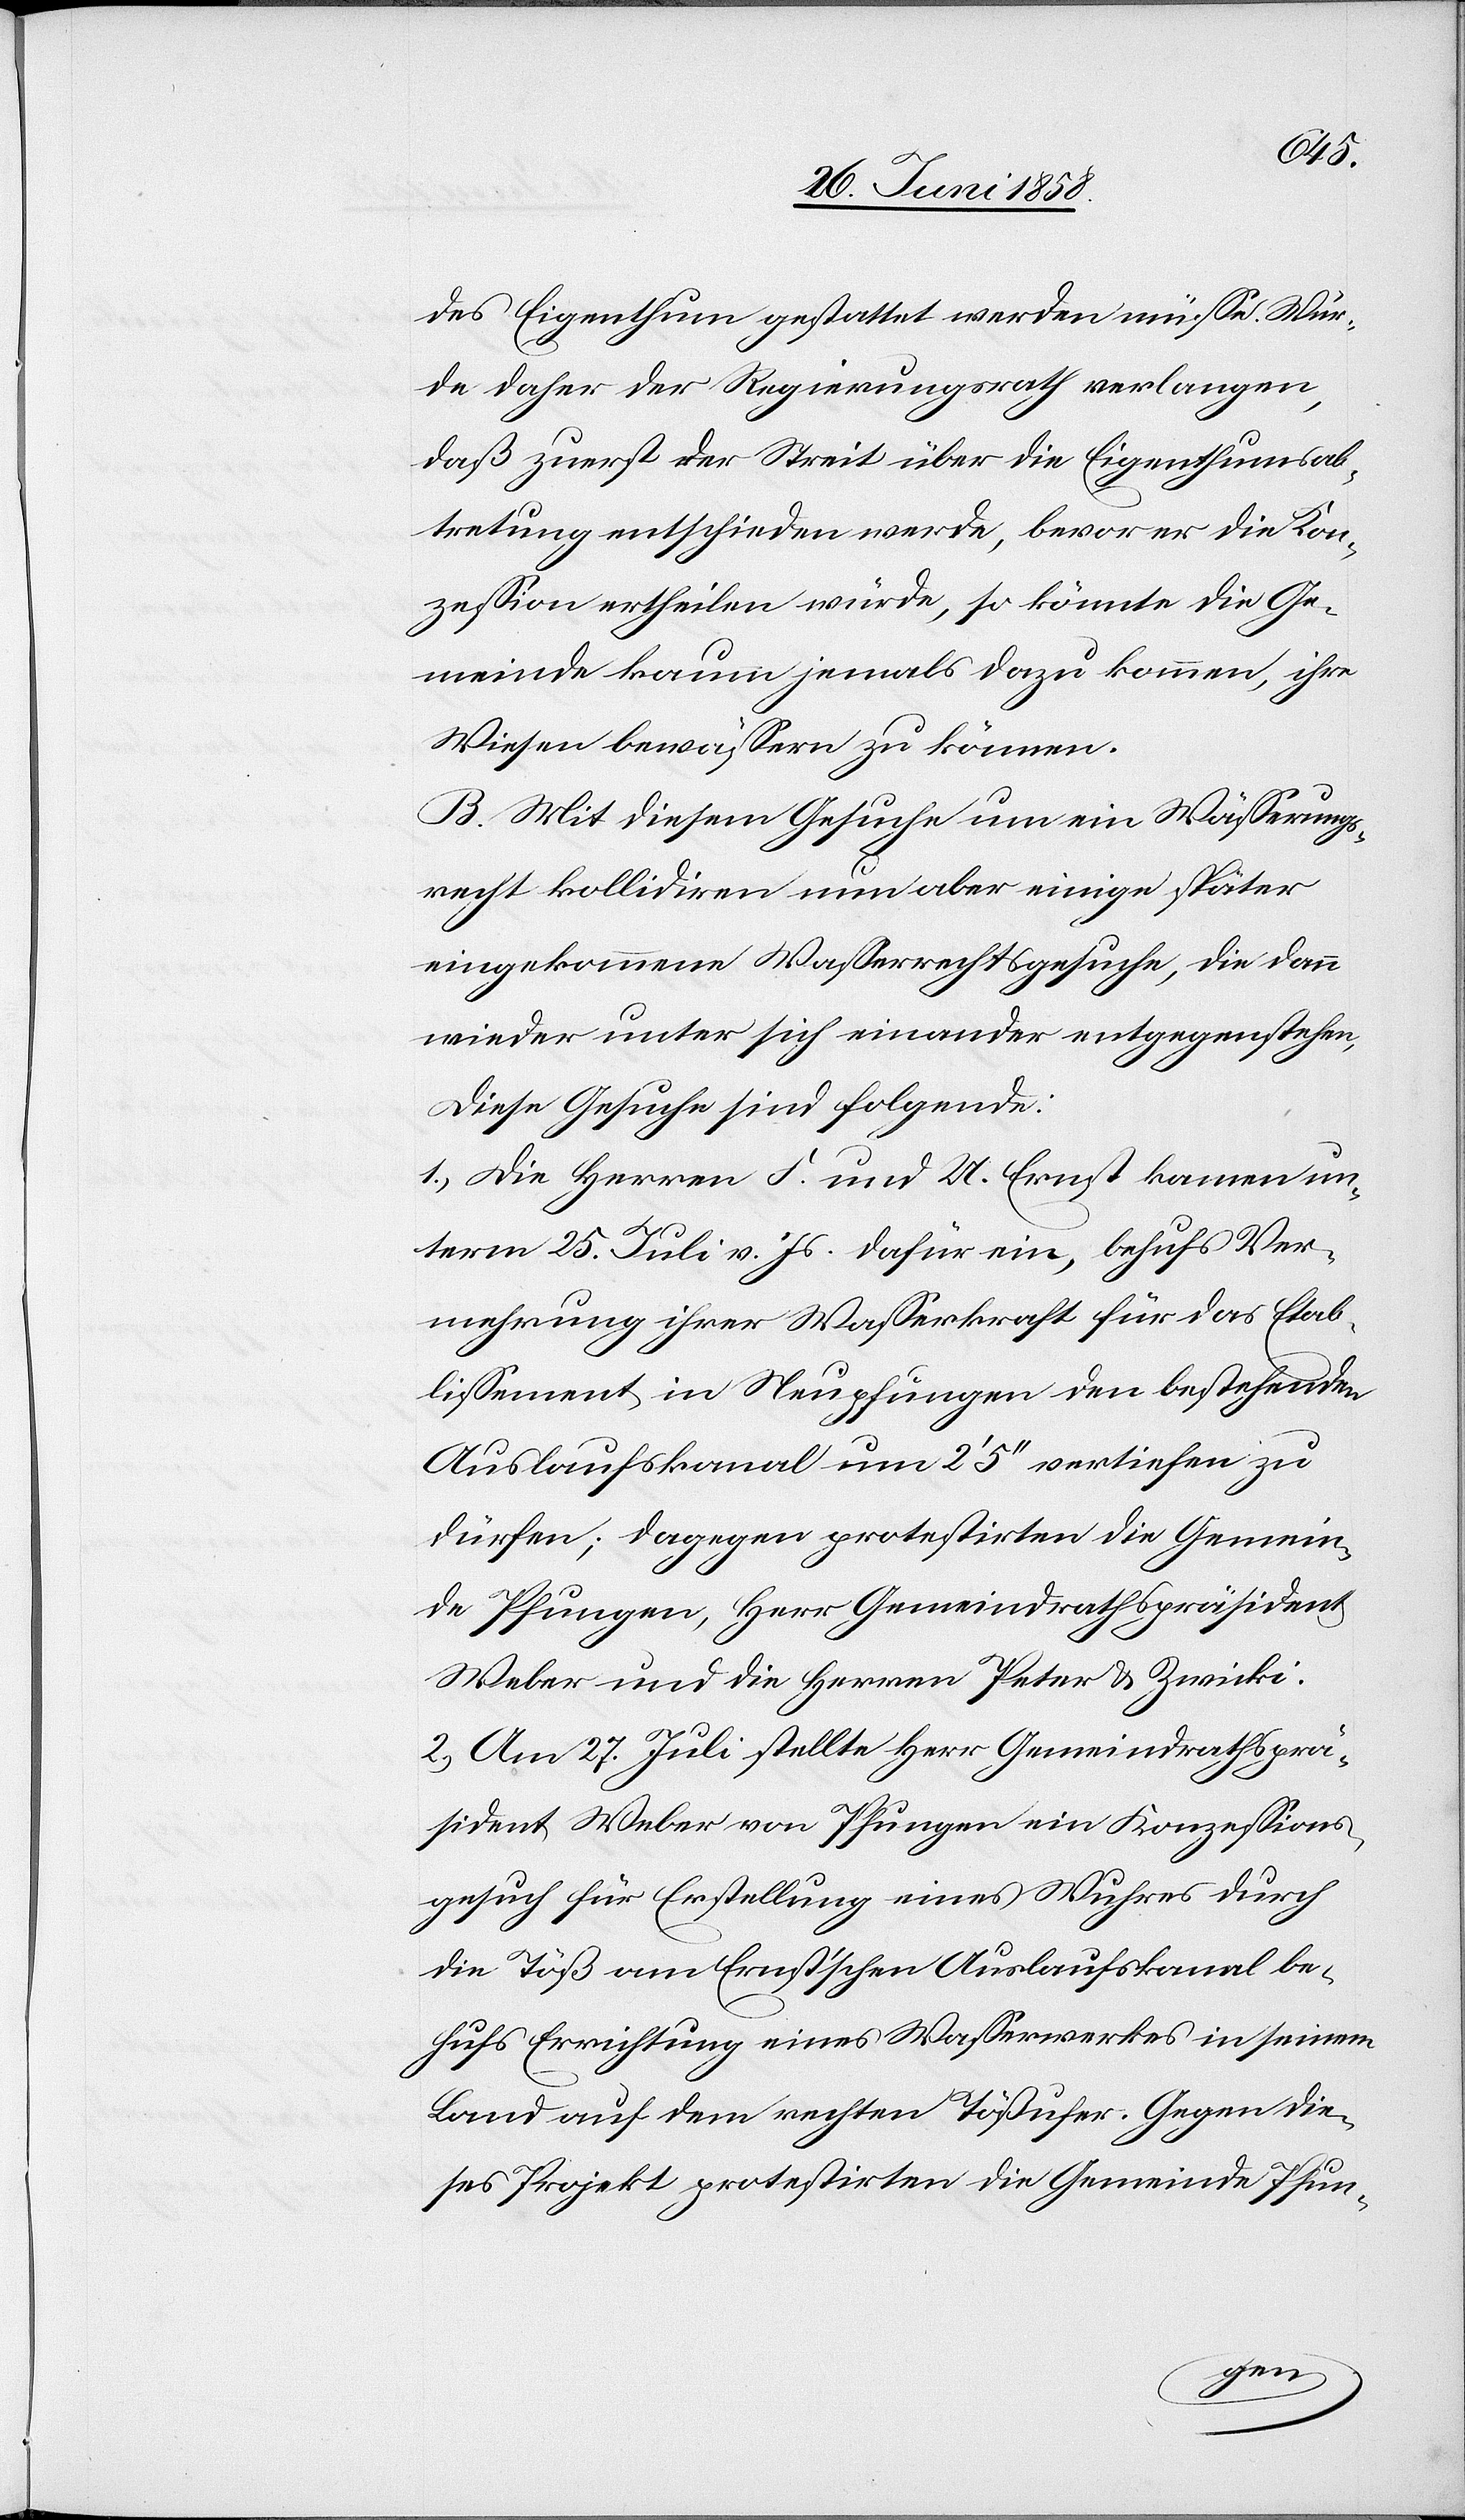
des Eigenthum gestattet werden müsse. Wür¬
de daher der Regierungsrath verlangen,
daß zuerst der Streit über die Eigenthumsab¬
tretung entschieden werde, bevor er die Kon¬
zession ertheilen würde, so könnte die Ge¬
meinde kaum jemals dazu kommen, ihre
Wiesen bewässern zu können.
B. Mit diesem Gesuche um ein Wässerungs¬
recht kollidiren nun aber einige später
eingekommene Wasserrechtsgesuche, die dann
wieder unter sich einander entgegenstehen,
Diese Gesuche sind folgende:
1.) Die Herren F. und U. Ernst kamen un¬
term 25. Juli v. Js. dafür ein, behufs Ver¬
mehrung ihrer Wasserkraft für das Etab¬
lissement in Neupfungen den bestehenden
Auslaufskanal um 2‘ 5‘‘ vertiefen zu
dürfen; dagegen protestirten die Gemein¬
de Pfungen, Herr Gemeindrathspräsident
Weber und die Herren Peter & Zwicki.
2.) Am 27. Juli stellte Herr Gemeindrathsprä¬
sident Weber von Pfungen ein Konzessions¬
gesuch für Erstellung eines Wuhres durch
die Töß am Ernst’schen Auslaufskanal be¬
hufs Errichtung eines Wasserwerkes in seinem
Land auf dem rechten Tößufer. Gegen die¬
ses Projekt protestirten die Gemeinde Pfun-